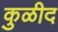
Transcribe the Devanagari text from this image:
कुळीद